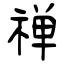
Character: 禅